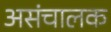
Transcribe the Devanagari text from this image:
असंचालक